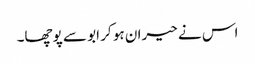
اس نے حیران ہو کر ابو سے پوچھا۔